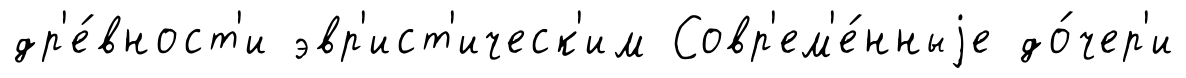
др'е́вност'и эвр'ист'ическ'им Совр'ем'е́нныjе до́чер'и